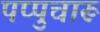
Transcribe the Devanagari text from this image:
पप्पुचारू